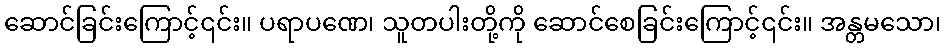
ဆောင်ခြင်းကြောင့်၎င်း။ ပရာပဏေ၊ သူတပါးတို့ကို ဆောင်စေခြင်းကြောင့်၎င်း။ အန္တမသော၊